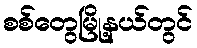
စစ်တွေမြို့နယ်တွင်